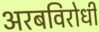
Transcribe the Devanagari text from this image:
अरबविरोधी